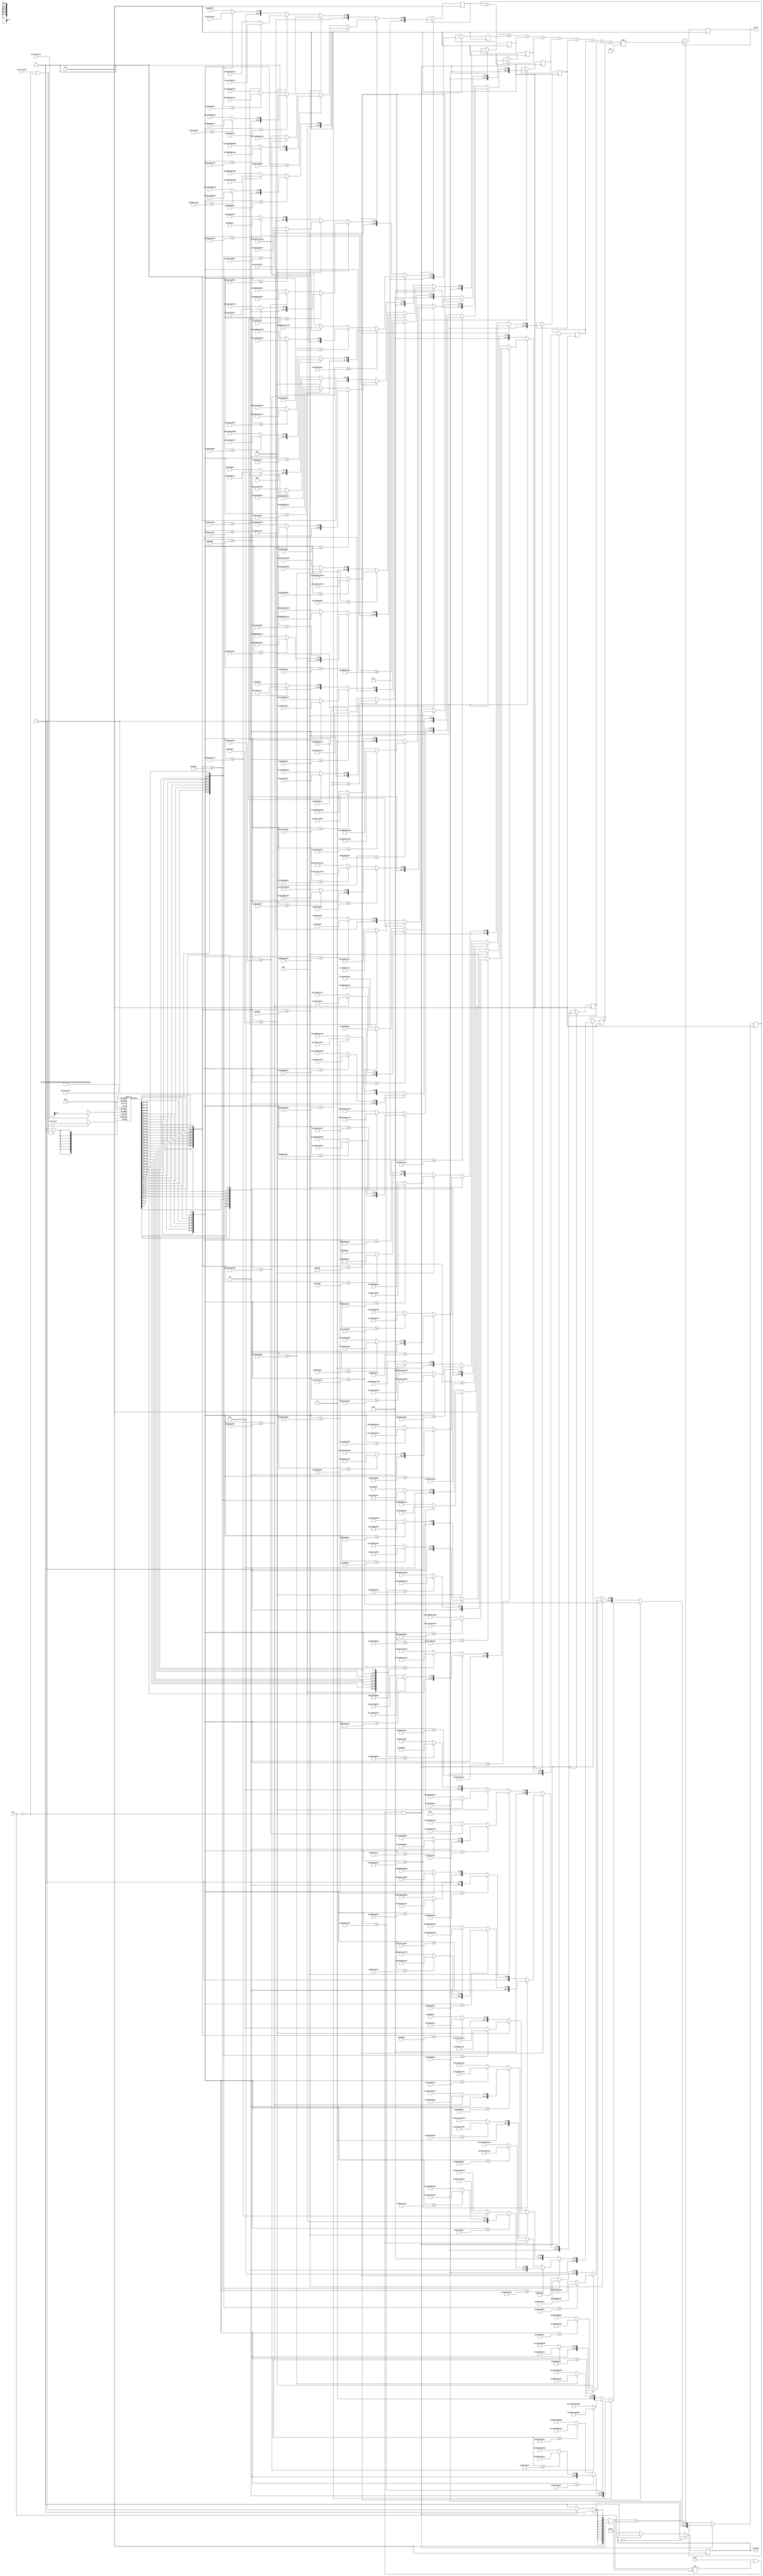
module predictor(result, finished, write_enable, write_address, write_data, start, clk, rst);

output reg[63:0]result; 
 output reg finished; 
 input write_enable;             
 input [13:0]write_address; 
 input [7:0]write_data; 
 input start;             
 input clk; 
 input rst; 
 parameter NUM_DATA = 40;             
 reg [7:0] Data [NUM_DATA:0]; 
 reg [9:0] Solved; 
 reg [63:0]y[9:0];             
 reg [63:0]Solution_buffer;
initial finished = 0;
always@(posedge clk) 
 begin 
 if(rst) 
 begin 
 Solved <= 0;            
 Solution_buffer = 0; 
 finished <= 0; 
 end 
 //Before running anything, load data from data collection. 
 if(write_enable && !rst)            
 Data[write_address] <= write_data;            
 Solved <= 0;           
 //When the data finishes loading, run the trees            
 //When each tree finishes, it flips a bit of solved.
if(start == 1 && Solved != 10'b1111111111 && !rst)
begin
  if({Data[7],Data[6],Data[5],Data[4],Data[3],Data[2],Data[1],Data[0]} <= 64'd150000)
  begin
    if({Data[23],Data[22],Data[21],Data[20],Data[19],Data[18],Data[17],Data[16]} <= 64'd3274950000000)
    begin
      if({Data[23],Data[22],Data[21],Data[20],Data[19],Data[18],Data[17],Data[16]} <= 64'd637350000000)
      begin
        if({Data[23],Data[22],Data[21],Data[20],Data[19],Data[18],Data[17],Data[16]} <= 64'd186525000000)
        begin
          y[0] <= 64'd42339621945525;
          Solved[0] <= 1;
        end
        else  // if {Data[23],Data[22],Data[21],Data[20],Data[19],Data[18],Data[17],Data[16]} > 186525000000
        begin
          y[0] <= 64'd330484812209302;
          Solved[0] <= 1;
        end
      end
      else  // if {Data[23],Data[22],Data[21],Data[20],Data[19],Data[18],Data[17],Data[16]} > 637350000000
      begin
        if({Data[23],Data[22],Data[21],Data[20],Data[19],Data[18],Data[17],Data[16]} <= 64'd1280700000000)
        begin
          y[0] <= 64'd877712201639344;
          Solved[0] <= 1;
        end
        else  // if {Data[23],Data[22],Data[21],Data[20],Data[19],Data[18],Data[17],Data[16]} > 1280700000000
        begin
          y[0] <= 64'd1663825600000000;
          Solved[0] <= 1;
        end
      end
    end
    else  // if {Data[23],Data[22],Data[21],Data[20],Data[19],Data[18],Data[17],Data[16]} > 3274950000000
    begin
      if({Data[23],Data[22],Data[21],Data[20],Data[19],Data[18],Data[17],Data[16]} <= 64'd6849650000000)
      begin
        if({Data[23],Data[22],Data[21],Data[20],Data[19],Data[18],Data[17],Data[16]} <= 64'd4805000000000)
        begin
          y[0] <= 64'd4225666666666666;
          Solved[0] <= 1;
        end
        else  // if {Data[23],Data[22],Data[21],Data[20],Data[19],Data[18],Data[17],Data[16]} > 4805000000000
        begin
          y[0] <= 64'd5528922222222222;
          Solved[0] <= 1;
        end
      end
      else  // if {Data[23],Data[22],Data[21],Data[20],Data[19],Data[18],Data[17],Data[16]} > 6849650000000
      begin
        if({Data[39],Data[38],Data[37],Data[36],Data[35],Data[34],Data[33],Data[32]} <= 64'd1522450000000)
        begin
          y[0] <= 64'd8018050000000000;
          Solved[0] <= 1;
        end
        else  // if {Data[39],Data[38],Data[37],Data[36],Data[35],Data[34],Data[33],Data[32]} > 1522450000000
        begin
          y[0] <= 64'd9467800000000000;
          Solved[0] <= 1;
        end
      end
    end
  end
  else  // if {Data[7],Data[6],Data[5],Data[4],Data[3],Data[2],Data[1],Data[0]} > 150000
  begin
    if({Data[7],Data[6],Data[5],Data[4],Data[3],Data[2],Data[1],Data[0]} <= 64'd350000)
    begin
      if({Data[23],Data[22],Data[21],Data[20],Data[19],Data[18],Data[17],Data[16]} <= 64'd90350000000)
      begin
        if({Data[23],Data[22],Data[21],Data[20],Data[19],Data[18],Data[17],Data[16]} <= 64'd30089147949)
        begin
          y[0] <= 64'd2442282126787;
          Solved[0] <= 1;
        end
        else  // if {Data[23],Data[22],Data[21],Data[20],Data[19],Data[18],Data[17],Data[16]} > 30089147949
        begin
          y[0] <= 64'd26305831309464;
          Solved[0] <= 1;
        end
      end
      else  // if {Data[23],Data[22],Data[21],Data[20],Data[19],Data[18],Data[17],Data[16]} > 90350000000
      begin
        if({Data[23],Data[22],Data[21],Data[20],Data[19],Data[18],Data[17],Data[16]} <= 64'd205410009765)
        begin
          y[0] <= 64'd51988771666500;
          Solved[0] <= 1;
        end
        else  // if {Data[23],Data[22],Data[21],Data[20],Data[19],Data[18],Data[17],Data[16]} > 205410009765
        begin
          y[0] <= 64'd87860980392352;
          Solved[0] <= 1;
        end
      end
    end
    else  // if {Data[7],Data[6],Data[5],Data[4],Data[3],Data[2],Data[1],Data[0]} > 350000
    begin
      if({Data[7],Data[6],Data[5],Data[4],Data[3],Data[2],Data[1],Data[0]} <= 64'd5550000)
      begin
        if({Data[39],Data[38],Data[37],Data[36],Data[35],Data[34],Data[33],Data[32]} <= 64'd70044750976)
        begin
          y[0] <= 64'd1978621226216;
          Solved[0] <= 1;
        end
        else  // if {Data[39],Data[38],Data[37],Data[36],Data[35],Data[34],Data[33],Data[32]} > 70044750976
        begin
          y[0] <= 64'd77736764706250;
          Solved[0] <= 1;
        end
      end
      else  // if {Data[7],Data[6],Data[5],Data[4],Data[3],Data[2],Data[1],Data[0]} > 5550000
      begin
        if({Data[7],Data[6],Data[5],Data[4],Data[3],Data[2],Data[1],Data[0]} <= 64'd10549999)
        begin
          y[0] <= 64'd231899718369;
          Solved[0] <= 1;
        end
        else  // if {Data[7],Data[6],Data[5],Data[4],Data[3],Data[2],Data[1],Data[0]} > 10549999
        begin
          y[0] <= 64'd3036686328;
          Solved[0] <= 1;
        end
      end
    end
  end
end

if(start == 1 && Solved != 10'b1111111111 && !rst)
begin
  if({Data[7],Data[6],Data[5],Data[4],Data[3],Data[2],Data[1],Data[0]} <= 64'd150000)
  begin
    if({Data[23],Data[22],Data[21],Data[20],Data[19],Data[18],Data[17],Data[16]} <= 64'd3274950000000)
    begin
      if({Data[23],Data[22],Data[21],Data[20],Data[19],Data[18],Data[17],Data[16]} <= 64'd617960009765)
      begin
        if({Data[23],Data[22],Data[21],Data[20],Data[19],Data[18],Data[17],Data[16]} <= 64'd163241943359)
        begin
          y[1] <= 64'd39952285485164;
          Solved[1] <= 1;
        end
        else  // if {Data[23],Data[22],Data[21],Data[20],Data[19],Data[18],Data[17],Data[16]} > 163241943359
        begin
          y[1] <= 64'd287172751541850;
          Solved[1] <= 1;
        end
      end
      else  // if {Data[23],Data[22],Data[21],Data[20],Data[19],Data[18],Data[17],Data[16]} > 617960009765
      begin
        if({Data[23],Data[22],Data[21],Data[20],Data[19],Data[18],Data[17],Data[16]} <= 64'd1240400000000)
        begin
          y[1] <= 64'd875574189230769;
          Solved[1] <= 1;
        end
        else  // if {Data[23],Data[22],Data[21],Data[20],Data[19],Data[18],Data[17],Data[16]} > 1240400000000
        begin
          y[1] <= 64'd1612532634782608;
          Solved[1] <= 1;
        end
      end
    end
    else  // if {Data[23],Data[22],Data[21],Data[20],Data[19],Data[18],Data[17],Data[16]} > 3274950000000
    begin
      if({Data[23],Data[22],Data[21],Data[20],Data[19],Data[18],Data[17],Data[16]} <= 64'd5886750000000)
      begin
        if({Data[15],Data[14],Data[13],Data[12],Data[11],Data[10],Data[9],Data[8]} <= 64'd55959700000000)
        begin
          y[1] <= 64'd4271300000000000;
          Solved[1] <= 1;
        end
        else  // if {Data[15],Data[14],Data[13],Data[12],Data[11],Data[10],Data[9],Data[8]} > 55959700000000
        begin
          y[1] <= 64'd5283833333333334;
          Solved[1] <= 1;
        end
      end
      else  // if {Data[23],Data[22],Data[21],Data[20],Data[19],Data[18],Data[17],Data[16]} > 5886750000000
      begin
        if({Data[23],Data[22],Data[21],Data[20],Data[19],Data[18],Data[17],Data[16]} <= 64'd7766700000000)
        begin
          y[1] <= 64'd6779485714285715;
          Solved[1] <= 1;
        end
        else  // if {Data[23],Data[22],Data[21],Data[20],Data[19],Data[18],Data[17],Data[16]} > 7766700000000
        begin
          y[1] <= 64'd8206485714285715;
          Solved[1] <= 1;
        end
      end
    end
  end
  else  // if {Data[7],Data[6],Data[5],Data[4],Data[3],Data[2],Data[1],Data[0]} > 150000
  begin
    if({Data[7],Data[6],Data[5],Data[4],Data[3],Data[2],Data[1],Data[0]} <= 64'd350000)
    begin
      if({Data[23],Data[22],Data[21],Data[20],Data[19],Data[18],Data[17],Data[16]} <= 64'd77804998779)
      begin
        if({Data[23],Data[22],Data[21],Data[20],Data[19],Data[18],Data[17],Data[16]} <= 64'd25010250854)
        begin
          y[1] <= 64'd2074343425045;
          Solved[1] <= 1;
        end
        else  // if {Data[23],Data[22],Data[21],Data[20],Data[19],Data[18],Data[17],Data[16]} > 25010250854
        begin
          y[1] <= 64'd20157108480000;
          Solved[1] <= 1;
        end
      end
      else  // if {Data[23],Data[22],Data[21],Data[20],Data[19],Data[18],Data[17],Data[16]} > 77804998779
      begin
        if({Data[23],Data[22],Data[21],Data[20],Data[19],Data[18],Data[17],Data[16]} <= 64'd124255004882)
        begin
          y[1] <= 64'd40259433548709;
          Solved[1] <= 1;
        end
        else  // if {Data[23],Data[22],Data[21],Data[20],Data[19],Data[18],Data[17],Data[16]} > 124255004882
        begin
          y[1] <= 64'd77398260869130;
          Solved[1] <= 1;
        end
      end
    end
    else  // if {Data[7],Data[6],Data[5],Data[4],Data[3],Data[2],Data[1],Data[0]} > 350000
    begin
      if({Data[7],Data[6],Data[5],Data[4],Data[3],Data[2],Data[1],Data[0]} <= 64'd5550000)
      begin
        if({Data[39],Data[38],Data[37],Data[36],Data[35],Data[34],Data[33],Data[32]} <= 64'd132394750976)
        begin
          y[1] <= 64'd1743197348905;
          Solved[1] <= 1;
        end
        else  // if {Data[39],Data[38],Data[37],Data[36],Data[35],Data[34],Data[33],Data[32]} > 132394750976
        begin
          y[1] <= 64'd75862679740000;
          Solved[1] <= 1;
        end
      end
      else  // if {Data[7],Data[6],Data[5],Data[4],Data[3],Data[2],Data[1],Data[0]} > 5550000
      begin
        if({Data[7],Data[6],Data[5],Data[4],Data[3],Data[2],Data[1],Data[0]} <= 64'd10549999)
        begin
          y[1] <= 64'd242111098961;
          Solved[1] <= 1;
        end
        else  // if {Data[7],Data[6],Data[5],Data[4],Data[3],Data[2],Data[1],Data[0]} > 10549999
        begin
          y[1] <= 64'd3058164546;
          Solved[1] <= 1;
        end
      end
    end
  end
end

if(start == 1 && Solved != 10'b1111111111 && !rst)
begin
  if({Data[7],Data[6],Data[5],Data[4],Data[3],Data[2],Data[1],Data[0]} <= 64'd150000)
  begin
    if({Data[23],Data[22],Data[21],Data[20],Data[19],Data[18],Data[17],Data[16]} <= 64'd2974400000000)
    begin
      if({Data[23],Data[22],Data[21],Data[20],Data[19],Data[18],Data[17],Data[16]} <= 64'd566838574218)
      begin
        if({Data[23],Data[22],Data[21],Data[20],Data[19],Data[18],Data[17],Data[16]} <= 64'd176954443359)
        begin
          y[2] <= 64'd43213694609375;
          Solved[2] <= 1;
        end
        else  // if {Data[23],Data[22],Data[21],Data[20],Data[19],Data[18],Data[17],Data[16]} > 176954443359
        begin
          y[2] <= 64'd310429178260869;
          Solved[2] <= 1;
        end
      end
      else  // if {Data[23],Data[22],Data[21],Data[20],Data[19],Data[18],Data[17],Data[16]} > 566838574218
      begin
        if({Data[23],Data[22],Data[21],Data[20],Data[19],Data[18],Data[17],Data[16]} <= 64'd1126100000000)
        begin
          y[2] <= 64'd806776929850746;
          Solved[2] <= 1;
        end
        else  // if {Data[23],Data[22],Data[21],Data[20],Data[19],Data[18],Data[17],Data[16]} > 1126100000000
        begin
          y[2] <= 64'd1421241873913043;
          Solved[2] <= 1;
        end
      end
    end
    else  // if {Data[23],Data[22],Data[21],Data[20],Data[19],Data[18],Data[17],Data[16]} > 2974400000000
    begin
      if({Data[23],Data[22],Data[21],Data[20],Data[19],Data[18],Data[17],Data[16]} <= 64'd6668700000000)
      begin
        if({Data[15],Data[14],Data[13],Data[12],Data[11],Data[10],Data[9],Data[8]} <= 64'd55959700000000)
        begin
          y[2] <= 64'd4444250000000000;
          Solved[2] <= 1;
        end
        else  // if {Data[15],Data[14],Data[13],Data[12],Data[11],Data[10],Data[9],Data[8]} > 55959700000000
        begin
          y[2] <= 64'd5851440000000000;
          Solved[2] <= 1;
        end
      end
      else  // if {Data[23],Data[22],Data[21],Data[20],Data[19],Data[18],Data[17],Data[16]} > 6668700000000
      begin
        if({Data[39],Data[38],Data[37],Data[36],Data[35],Data[34],Data[33],Data[32]} <= 64'd1522450000000)
        begin
          y[2] <= 64'd7806355555555555;
          Solved[2] <= 1;
        end
        else  // if {Data[39],Data[38],Data[37],Data[36],Data[35],Data[34],Data[33],Data[32]} > 1522450000000
        begin
          y[2] <= 64'd9467800000000000;
          Solved[2] <= 1;
        end
      end
    end
  end
  else  // if {Data[7],Data[6],Data[5],Data[4],Data[3],Data[2],Data[1],Data[0]} > 150000
  begin
    if({Data[7],Data[6],Data[5],Data[4],Data[3],Data[2],Data[1],Data[0]} <= 64'd350000)
    begin
      if({Data[23],Data[22],Data[21],Data[20],Data[19],Data[18],Data[17],Data[16]} <= 64'd76545001220)
      begin
        if({Data[23],Data[22],Data[21],Data[20],Data[19],Data[18],Data[17],Data[16]} <= 64'd26079251098)
        begin
          y[2] <= 64'd2026267354020;
          Solved[2] <= 1;
        end
        else  // if {Data[23],Data[22],Data[21],Data[20],Data[19],Data[18],Data[17],Data[16]} > 26079251098
        begin
          y[2] <= 64'd21143184666400;
          Solved[2] <= 1;
        end
      end
      else  // if {Data[23],Data[22],Data[21],Data[20],Data[19],Data[18],Data[17],Data[16]} > 76545001220
      begin
        if({Data[23],Data[22],Data[21],Data[20],Data[19],Data[18],Data[17],Data[16]} <= 64'd140000000000)
        begin
          y[2] <= 64'd40917755000833;
          Solved[2] <= 1;
        end
        else  // if {Data[23],Data[22],Data[21],Data[20],Data[19],Data[18],Data[17],Data[16]} > 140000000000
        begin
          y[2] <= 64'd76990833332916;
          Solved[2] <= 1;
        end
      end
    end
    else  // if {Data[7],Data[6],Data[5],Data[4],Data[3],Data[2],Data[1],Data[0]} > 350000
    begin
      if({Data[7],Data[6],Data[5],Data[4],Data[3],Data[2],Data[1],Data[0]} <= 64'd5550000)
      begin
        if({Data[23],Data[22],Data[21],Data[20],Data[19],Data[18],Data[17],Data[16]} <= 64'd1692750000000)
        begin
          y[2] <= 64'd1567609450882;
          Solved[2] <= 1;
        end
        else  // if {Data[23],Data[22],Data[21],Data[20],Data[19],Data[18],Data[17],Data[16]} > 1692750000000
        begin
          y[2] <= 64'd70656722691428;
          Solved[2] <= 1;
        end
      end
      else  // if {Data[7],Data[6],Data[5],Data[4],Data[3],Data[2],Data[1],Data[0]} > 5550000
      begin
        if({Data[23],Data[22],Data[21],Data[20],Data[19],Data[18],Data[17],Data[16]} <= 64'd7734200000000)
        begin
          y[2] <= 64'd3655381324;
          Solved[2] <= 1;
        end
        else  // if {Data[23],Data[22],Data[21],Data[20],Data[19],Data[18],Data[17],Data[16]} > 7734200000000
        begin
          y[2] <= 64'd617111012061;
          Solved[2] <= 1;
        end
      end
    end
  end
end

if(start == 1 && Solved != 10'b1111111111 && !rst)
begin
  if({Data[7],Data[6],Data[5],Data[4],Data[3],Data[2],Data[1],Data[0]} <= 64'd150000)
  begin
    if({Data[23],Data[22],Data[21],Data[20],Data[19],Data[18],Data[17],Data[16]} <= 64'd2996550000000)
    begin
      if({Data[23],Data[22],Data[21],Data[20],Data[19],Data[18],Data[17],Data[16]} <= 64'd562638574218)
      begin
        if({Data[23],Data[22],Data[21],Data[20],Data[19],Data[18],Data[17],Data[16]} <= 64'd148678442382)
        begin
          y[3] <= 64'd38438440955364;
          Solved[3] <= 1;
        end
        else  // if {Data[23],Data[22],Data[21],Data[20],Data[19],Data[18],Data[17],Data[16]} > 148678442382
        begin
          y[3] <= 64'd258663639320388;
          Solved[3] <= 1;
        end
      end
      else  // if {Data[23],Data[22],Data[21],Data[20],Data[19],Data[18],Data[17],Data[16]} > 562638574218
      begin
        if({Data[23],Data[22],Data[21],Data[20],Data[19],Data[18],Data[17],Data[16]} <= 64'd1174700000000)
        begin
          y[3] <= 64'd806173191666666;
          Solved[3] <= 1;
        end
        else  // if {Data[23],Data[22],Data[21],Data[20],Data[19],Data[18],Data[17],Data[16]} > 1174700000000
        begin
          y[3] <= 64'd1541810337500000;
          Solved[3] <= 1;
        end
      end
    end
    else  // if {Data[23],Data[22],Data[21],Data[20],Data[19],Data[18],Data[17],Data[16]} > 2996550000000
    begin
      if({Data[23],Data[22],Data[21],Data[20],Data[19],Data[18],Data[17],Data[16]} <= 64'd6332000000000)
      begin
        if({Data[23],Data[22],Data[21],Data[20],Data[19],Data[18],Data[17],Data[16]} <= 64'd4658150000000)
        begin
          y[3] <= 64'd4177800000000000;
          Solved[3] <= 1;
        end
        else  // if {Data[23],Data[22],Data[21],Data[20],Data[19],Data[18],Data[17],Data[16]} > 4658150000000
        begin
          y[3] <= 64'd5178237500000000;
          Solved[3] <= 1;
        end
      end
      else  // if {Data[23],Data[22],Data[21],Data[20],Data[19],Data[18],Data[17],Data[16]} > 6332000000000
      begin
        if({Data[23],Data[22],Data[21],Data[20],Data[19],Data[18],Data[17],Data[16]} <= 64'd7766700000000)
        begin
          y[3] <= 64'd7117020000000000;
          Solved[3] <= 1;
        end
        else  // if {Data[23],Data[22],Data[21],Data[20],Data[19],Data[18],Data[17],Data[16]} > 7766700000000
        begin
          y[3] <= 64'd8179400000000000;
          Solved[3] <= 1;
        end
      end
    end
  end
  else  // if {Data[7],Data[6],Data[5],Data[4],Data[3],Data[2],Data[1],Data[0]} > 150000
  begin
    if({Data[7],Data[6],Data[5],Data[4],Data[3],Data[2],Data[1],Data[0]} <= 64'd350000)
    begin
      if({Data[23],Data[22],Data[21],Data[20],Data[19],Data[18],Data[17],Data[16]} <= 64'd83990002441)
      begin
        if({Data[23],Data[22],Data[21],Data[20],Data[19],Data[18],Data[17],Data[16]} <= 64'd25010250854)
        begin
          y[3] <= 64'd2015752589029;
          Solved[3] <= 1;
        end
        else  // if {Data[23],Data[22],Data[21],Data[20],Data[19],Data[18],Data[17],Data[16]} > 25010250854
        begin
          y[3] <= 64'd22953578961475;
          Solved[3] <= 1;
        end
      end
      else  // if {Data[23],Data[22],Data[21],Data[20],Data[19],Data[18],Data[17],Data[16]} > 83990002441
      begin
        if({Data[23],Data[22],Data[21],Data[20],Data[19],Data[18],Data[17],Data[16]} <= 64'd167000000000)
        begin
          y[3] <= 64'd44145103939545;
          Solved[3] <= 1;
        end
        else  // if {Data[23],Data[22],Data[21],Data[20],Data[19],Data[18],Data[17],Data[16]} > 167000000000
        begin
          y[3] <= 64'd73005454545000;
          Solved[3] <= 1;
        end
      end
    end
    else  // if {Data[7],Data[6],Data[5],Data[4],Data[3],Data[2],Data[1],Data[0]} > 350000
    begin
      if({Data[7],Data[6],Data[5],Data[4],Data[3],Data[2],Data[1],Data[0]} <= 64'd5550000)
      begin
        if({Data[39],Data[38],Data[37],Data[36],Data[35],Data[34],Data[33],Data[32]} <= 64'd70044750976)
        begin
          y[3] <= 64'd1500064822400;
          Solved[3] <= 1;
        end
        else  // if {Data[39],Data[38],Data[37],Data[36],Data[35],Data[34],Data[33],Data[32]} > 70044750976
        begin
          y[3] <= 64'd64741503268333;
          Solved[3] <= 1;
        end
      end
      else  // if {Data[7],Data[6],Data[5],Data[4],Data[3],Data[2],Data[1],Data[0]} > 5550000
      begin
        if({Data[7],Data[6],Data[5],Data[4],Data[3],Data[2],Data[1],Data[0]} <= 64'd10050000)
        begin
          y[3] <= 64'd221529939187;
          Solved[3] <= 1;
        end
        else  // if {Data[7],Data[6],Data[5],Data[4],Data[3],Data[2],Data[1],Data[0]} > 10050000
        begin
          y[3] <= 64'd2935734275;
          Solved[3] <= 1;
        end
      end
    end
  end
end

if(start == 1 && Solved != 10'b1111111111 && !rst)
begin
  if({Data[7],Data[6],Data[5],Data[4],Data[3],Data[2],Data[1],Data[0]} <= 64'd150000)
  begin
    if({Data[23],Data[22],Data[21],Data[20],Data[19],Data[18],Data[17],Data[16]} <= 64'd3274950000000)
    begin
      if({Data[23],Data[22],Data[21],Data[20],Data[19],Data[18],Data[17],Data[16]} <= 64'd573270019531)
      begin
        if({Data[23],Data[22],Data[21],Data[20],Data[19],Data[18],Data[17],Data[16]} <= 64'd174523706054)
        begin
          y[4] <= 64'd44722248139880;
          Solved[4] <= 1;
        end
        else  // if {Data[23],Data[22],Data[21],Data[20],Data[19],Data[18],Data[17],Data[16]} > 174523706054
        begin
          y[4] <= 64'd304429427906976;
          Solved[4] <= 1;
        end
      end
      else  // if {Data[23],Data[22],Data[21],Data[20],Data[19],Data[18],Data[17],Data[16]} > 573270019531
      begin
        if({Data[23],Data[22],Data[21],Data[20],Data[19],Data[18],Data[17],Data[16]} <= 64'd1229331542968)
        begin
          y[4] <= 64'd842707465882352;
          Solved[4] <= 1;
        end
        else  // if {Data[23],Data[22],Data[21],Data[20],Data[19],Data[18],Data[17],Data[16]} > 1229331542968
        begin
          y[4] <= 64'd1628862857142857;
          Solved[4] <= 1;
        end
      end
    end
    else  // if {Data[23],Data[22],Data[21],Data[20],Data[19],Data[18],Data[17],Data[16]} > 3274950000000
    begin
      if({Data[23],Data[22],Data[21],Data[20],Data[19],Data[18],Data[17],Data[16]} <= 64'd6055950000000)
      begin
        if({Data[23],Data[22],Data[21],Data[20],Data[19],Data[18],Data[17],Data[16]} <= 64'd4701950000000)
        begin
          y[4] <= 64'd4224178571428571;
          Solved[4] <= 1;
        end
        else  // if {Data[23],Data[22],Data[21],Data[20],Data[19],Data[18],Data[17],Data[16]} > 4701950000000
        begin
          y[4] <= 64'd5357383333333334;
          Solved[4] <= 1;
        end
      end
      else  // if {Data[23],Data[22],Data[21],Data[20],Data[19],Data[18],Data[17],Data[16]} > 6055950000000
      begin
        if({Data[23],Data[22],Data[21],Data[20],Data[19],Data[18],Data[17],Data[16]} <= 64'd7771500000000)
        begin
          y[4] <= 64'd6934560000000000;
          Solved[4] <= 1;
        end
        else  // if {Data[23],Data[22],Data[21],Data[20],Data[19],Data[18],Data[17],Data[16]} > 7771500000000
        begin
          y[4] <= 64'd8828400000000000;
          Solved[4] <= 1;
        end
      end
    end
  end
  else  // if {Data[7],Data[6],Data[5],Data[4],Data[3],Data[2],Data[1],Data[0]} > 150000
  begin
    if({Data[7],Data[6],Data[5],Data[4],Data[3],Data[2],Data[1],Data[0]} <= 64'd350000)
    begin
      if({Data[23],Data[22],Data[21],Data[20],Data[19],Data[18],Data[17],Data[16]} <= 64'd76004998779)
      begin
        if({Data[23],Data[22],Data[21],Data[20],Data[19],Data[18],Data[17],Data[16]} <= 64'd26079251098)
        begin
          y[4] <= 64'd1738555122247;
          Solved[4] <= 1;
        end
        else  // if {Data[23],Data[22],Data[21],Data[20],Data[19],Data[18],Data[17],Data[16]} > 26079251098
        begin
          y[4] <= 64'd22269336257368;
          Solved[4] <= 1;
        end
      end
      else  // if {Data[23],Data[22],Data[21],Data[20],Data[19],Data[18],Data[17],Data[16]} > 76004998779
      begin
        if({Data[23],Data[22],Data[21],Data[20],Data[19],Data[18],Data[17],Data[16]} <= 64'd188325000000)
        begin
          y[4] <= 64'd45355961587619;
          Solved[4] <= 1;
        end
        else  // if {Data[23],Data[22],Data[21],Data[20],Data[19],Data[18],Data[17],Data[16]} > 188325000000
        begin
          y[4] <= 64'd80412222221333;
          Solved[4] <= 1;
        end
      end
    end
    else  // if {Data[7],Data[6],Data[5],Data[4],Data[3],Data[2],Data[1],Data[0]} > 350000
    begin
      if({Data[7],Data[6],Data[5],Data[4],Data[3],Data[2],Data[1],Data[0]} <= 64'd5550000)
      begin
        if({Data[39],Data[38],Data[37],Data[36],Data[35],Data[34],Data[33],Data[32]} <= 64'd70044750976)
        begin
          y[4] <= 64'd1469506974855;
          Solved[4] <= 1;
        end
        else  // if {Data[39],Data[38],Data[37],Data[36],Data[35],Data[34],Data[33],Data[32]} > 70044750976
        begin
          y[4] <= 64'd70238692812000;
          Solved[4] <= 1;
        end
      end
      else  // if {Data[7],Data[6],Data[5],Data[4],Data[3],Data[2],Data[1],Data[0]} > 5550000
      begin
        if({Data[7],Data[6],Data[5],Data[4],Data[3],Data[2],Data[1],Data[0]} <= 64'd10050000)
        begin
          y[4] <= 64'd305593023719;
          Solved[4] <= 1;
        end
        else  // if {Data[7],Data[6],Data[5],Data[4],Data[3],Data[2],Data[1],Data[0]} > 10050000
        begin
          y[4] <= 64'd2913746497;
          Solved[4] <= 1;
        end
      end
    end
  end
end

if(start == 1 && Solved != 10'b1111111111 && !rst)
begin
  if({Data[7],Data[6],Data[5],Data[4],Data[3],Data[2],Data[1],Data[0]} <= 64'd150000)
  begin
    if({Data[23],Data[22],Data[21],Data[20],Data[19],Data[18],Data[17],Data[16]} <= 64'd3583600000000)
    begin
      if({Data[23],Data[22],Data[21],Data[20],Data[19],Data[18],Data[17],Data[16]} <= 64'd623450000000)
      begin
        if({Data[23],Data[22],Data[21],Data[20],Data[19],Data[18],Data[17],Data[16]} <= 64'd164984802246)
        begin
          y[5] <= 64'd40664310180109;
          Solved[5] <= 1;
        end
        else  // if {Data[23],Data[22],Data[21],Data[20],Data[19],Data[18],Data[17],Data[16]} > 164984802246
        begin
          y[5] <= 64'd288702298924731;
          Solved[5] <= 1;
        end
      end
      else  // if {Data[23],Data[22],Data[21],Data[20],Data[19],Data[18],Data[17],Data[16]} > 623450000000
      begin
        if({Data[23],Data[22],Data[21],Data[20],Data[19],Data[18],Data[17],Data[16]} <= 64'd1213050000000)
        begin
          y[5] <= 64'd879745139655172;
          Solved[5] <= 1;
        end
        else  // if {Data[23],Data[22],Data[21],Data[20],Data[19],Data[18],Data[17],Data[16]} > 1213050000000
        begin
          y[5] <= 64'd1550237242553191;
          Solved[5] <= 1;
        end
      end
    end
    else  // if {Data[23],Data[22],Data[21],Data[20],Data[19],Data[18],Data[17],Data[16]} > 3583600000000
    begin
      if({Data[23],Data[22],Data[21],Data[20],Data[19],Data[18],Data[17],Data[16]} <= 64'd5886750000000)
      begin
        if({Data[23],Data[22],Data[21],Data[20],Data[19],Data[18],Data[17],Data[16]} <= 64'd5170750000000)
        begin
          y[5] <= 64'd4759000000000000;
          Solved[5] <= 1;
        end
        else  // if {Data[23],Data[22],Data[21],Data[20],Data[19],Data[18],Data[17],Data[16]} > 5170750000000
        begin
          y[5] <= 64'd5402875000000000;
          Solved[5] <= 1;
        end
      end
      else  // if {Data[23],Data[22],Data[21],Data[20],Data[19],Data[18],Data[17],Data[16]} > 5886750000000
      begin
        if({Data[23],Data[22],Data[21],Data[20],Data[19],Data[18],Data[17],Data[16]} <= 64'd7630850000000)
        begin
          y[5] <= 64'd6821600000000000;
          Solved[5] <= 1;
        end
        else  // if {Data[23],Data[22],Data[21],Data[20],Data[19],Data[18],Data[17],Data[16]} > 7630850000000
        begin
          y[5] <= 64'd8524000000000000;
          Solved[5] <= 1;
        end
      end
    end
  end
  else  // if {Data[7],Data[6],Data[5],Data[4],Data[3],Data[2],Data[1],Data[0]} > 150000
  begin
    if({Data[7],Data[6],Data[5],Data[4],Data[3],Data[2],Data[1],Data[0]} <= 64'd350000)
    begin
      if({Data[23],Data[22],Data[21],Data[20],Data[19],Data[18],Data[17],Data[16]} <= 64'd78795001220)
      begin
        if({Data[23],Data[22],Data[21],Data[20],Data[19],Data[18],Data[17],Data[16]} <= 64'd25010250854)
        begin
          y[5] <= 64'd1790527750492;
          Solved[5] <= 1;
        end
        else  // if {Data[23],Data[22],Data[21],Data[20],Data[19],Data[18],Data[17],Data[16]} > 25010250854
        begin
          y[5] <= 64'd20070808908275;
          Solved[5] <= 1;
        end
      end
      else  // if {Data[23],Data[22],Data[21],Data[20],Data[19],Data[18],Data[17],Data[16]} > 78795001220
      begin
        if({Data[23],Data[22],Data[21],Data[20],Data[19],Data[18],Data[17],Data[16]} <= 64'd135150000000)
        begin
          y[5] <= 64'd39414724616538;
          Solved[5] <= 1;
        end
        else  // if {Data[23],Data[22],Data[21],Data[20],Data[19],Data[18],Data[17],Data[16]} > 135150000000
        begin
          y[5] <= 64'd81489166666250;
          Solved[5] <= 1;
        end
      end
    end
    else  // if {Data[7],Data[6],Data[5],Data[4],Data[3],Data[2],Data[1],Data[0]} > 350000
    begin
      if({Data[7],Data[6],Data[5],Data[4],Data[3],Data[2],Data[1],Data[0]} <= 64'd5550000)
      begin
        if({Data[39],Data[38],Data[37],Data[36],Data[35],Data[34],Data[33],Data[32]} <= 64'd70044750976)
        begin
          y[5] <= 64'd1617556400035;
          Solved[5] <= 1;
        end
        else  // if {Data[39],Data[38],Data[37],Data[36],Data[35],Data[34],Data[33],Data[32]} > 70044750976
        begin
          y[5] <= 64'd78180035652727;
          Solved[5] <= 1;
        end
      end
      else  // if {Data[7],Data[6],Data[5],Data[4],Data[3],Data[2],Data[1],Data[0]} > 5550000
      begin
        if({Data[23],Data[22],Data[21],Data[20],Data[19],Data[18],Data[17],Data[16]} <= 64'd10838550000000)
        begin
          y[5] <= 64'd3612637541;
          Solved[5] <= 1;
        end
        else  // if {Data[23],Data[22],Data[21],Data[20],Data[19],Data[18],Data[17],Data[16]} > 10838550000000
        begin
          y[5] <= 64'd727166533790;
          Solved[5] <= 1;
        end
      end
    end
  end
end

if(start == 1 && Solved != 10'b1111111111 && !rst)
begin
  if({Data[7],Data[6],Data[5],Data[4],Data[3],Data[2],Data[1],Data[0]} <= 64'd150000)
  begin
    if({Data[23],Data[22],Data[21],Data[20],Data[19],Data[18],Data[17],Data[16]} <= 64'd2579600000000)
    begin
      if({Data[23],Data[22],Data[21],Data[20],Data[19],Data[18],Data[17],Data[16]} <= 64'd621750000000)
      begin
        if({Data[23],Data[22],Data[21],Data[20],Data[19],Data[18],Data[17],Data[16]} <= 64'd160259448242)
        begin
          y[6] <= 64'd39258217009916;
          Solved[6] <= 1;
        end
        else  // if {Data[23],Data[22],Data[21],Data[20],Data[19],Data[18],Data[17],Data[16]} > 160259448242
        begin
          y[6] <= 64'd282630289805825;
          Solved[6] <= 1;
        end
      end
      else  // if {Data[23],Data[22],Data[21],Data[20],Data[19],Data[18],Data[17],Data[16]} > 621750000000
      begin
        if({Data[23],Data[22],Data[21],Data[20],Data[19],Data[18],Data[17],Data[16]} <= 64'd1216550000000)
        begin
          y[6] <= 64'd873100316363636;
          Solved[6] <= 1;
        end
        else  // if {Data[23],Data[22],Data[21],Data[20],Data[19],Data[18],Data[17],Data[16]} > 1216550000000
        begin
          y[6] <= 64'd1552465476190476;
          Solved[6] <= 1;
        end
      end
    end
    else  // if {Data[23],Data[22],Data[21],Data[20],Data[19],Data[18],Data[17],Data[16]} > 2579600000000
    begin
      if({Data[23],Data[22],Data[21],Data[20],Data[19],Data[18],Data[17],Data[16]} <= 64'd5924350000000)
      begin
        if({Data[23],Data[22],Data[21],Data[20],Data[19],Data[18],Data[17],Data[16]} <= 64'd3579500000000)
        begin
          y[6] <= 64'd2858000000000000;
          Solved[6] <= 1;
        end
        else  // if {Data[23],Data[22],Data[21],Data[20],Data[19],Data[18],Data[17],Data[16]} > 3579500000000
        begin
          y[6] <= 64'd5051020000000000;
          Solved[6] <= 1;
        end
      end
      else  // if {Data[23],Data[22],Data[21],Data[20],Data[19],Data[18],Data[17],Data[16]} > 5924350000000
      begin
        if({Data[23],Data[22],Data[21],Data[20],Data[19],Data[18],Data[17],Data[16]} <= 64'd7675850000000)
        begin
          y[6] <= 64'd6806566666666667;
          Solved[6] <= 1;
        end
        else  // if {Data[23],Data[22],Data[21],Data[20],Data[19],Data[18],Data[17],Data[16]} > 7675850000000
        begin
          y[6] <= 64'd8269400000000000;
          Solved[6] <= 1;
        end
      end
    end
  end
  else  // if {Data[7],Data[6],Data[5],Data[4],Data[3],Data[2],Data[1],Data[0]} > 150000
  begin
    if({Data[7],Data[6],Data[5],Data[4],Data[3],Data[2],Data[1],Data[0]} <= 64'd350000)
    begin
      if({Data[23],Data[22],Data[21],Data[20],Data[19],Data[18],Data[17],Data[16]} <= 64'd69404998779)
      begin
        if({Data[23],Data[22],Data[21],Data[20],Data[19],Data[18],Data[17],Data[16]} <= 64'd24519000244)
        begin
          y[6] <= 64'd1953789617540;
          Solved[6] <= 1;
        end
        else  // if {Data[23],Data[22],Data[21],Data[20],Data[19],Data[18],Data[17],Data[16]} > 24519000244
        begin
          y[6] <= 64'd20358456028510;
          Solved[6] <= 1;
        end
      end
      else  // if {Data[23],Data[22],Data[21],Data[20],Data[19],Data[18],Data[17],Data[16]} > 69404998779
      begin
        if({Data[23],Data[22],Data[21],Data[20],Data[19],Data[18],Data[17],Data[16]} <= 64'd123550000000)
        begin
          y[6] <= 64'd40266962424848;
          Solved[6] <= 1;
        end
        else  // if {Data[23],Data[22],Data[21],Data[20],Data[19],Data[18],Data[17],Data[16]} > 123550000000
        begin
          y[6] <= 64'd71637460317142;
          Solved[6] <= 1;
        end
      end
    end
    else  // if {Data[7],Data[6],Data[5],Data[4],Data[3],Data[2],Data[1],Data[0]} > 350000
    begin
      if({Data[7],Data[6],Data[5],Data[4],Data[3],Data[2],Data[1],Data[0]} <= 64'd5550000)
      begin
        if({Data[23],Data[22],Data[21],Data[20],Data[19],Data[18],Data[17],Data[16]} <= 64'd1492982910156)
        begin
          y[6] <= 64'd1552509521215;
          Solved[6] <= 1;
        end
        else  // if {Data[23],Data[22],Data[21],Data[20],Data[19],Data[18],Data[17],Data[16]} > 1492982910156
        begin
          y[6] <= 64'd78718253970000;
          Solved[6] <= 1;
        end
      end
      else  // if {Data[7],Data[6],Data[5],Data[4],Data[3],Data[2],Data[1],Data[0]} > 5550000
      begin
        if({Data[7],Data[6],Data[5],Data[4],Data[3],Data[2],Data[1],Data[0]} <= 64'd25049999)
        begin
          y[6] <= 64'd117667793503;
          Solved[6] <= 1;
        end
        else  // if {Data[7],Data[6],Data[5],Data[4],Data[3],Data[2],Data[1],Data[0]} > 25049999
        begin
          y[6] <= 64'd2384907874;
          Solved[6] <= 1;
        end
      end
    end
  end
end

if(start == 1 && Solved != 10'b1111111111 && !rst)
begin
  if({Data[7],Data[6],Data[5],Data[4],Data[3],Data[2],Data[1],Data[0]} <= 64'd150000)
  begin
    if({Data[23],Data[22],Data[21],Data[20],Data[19],Data[18],Data[17],Data[16]} <= 64'd2557450000000)
    begin
      if({Data[23],Data[22],Data[21],Data[20],Data[19],Data[18],Data[17],Data[16]} <= 64'd587079980468)
      begin
        if({Data[23],Data[22],Data[21],Data[20],Data[19],Data[18],Data[17],Data[16]} <= 64'd150739208984)
        begin
          y[7] <= 64'd38608640778210;
          Solved[7] <= 1;
        end
        else  // if {Data[23],Data[22],Data[21],Data[20],Data[19],Data[18],Data[17],Data[16]} > 150739208984
        begin
          y[7] <= 64'd262679972123893;
          Solved[7] <= 1;
        end
      end
      else  // if {Data[23],Data[22],Data[21],Data[20],Data[19],Data[18],Data[17],Data[16]} > 587079980468
      begin
        if({Data[23],Data[22],Data[21],Data[20],Data[19],Data[18],Data[17],Data[16]} <= 64'd1138100000000)
        begin
          y[7] <= 64'd834094237878787;
          Solved[7] <= 1;
        end
        else  // if {Data[23],Data[22],Data[21],Data[20],Data[19],Data[18],Data[17],Data[16]} > 1138100000000
        begin
          y[7] <= 64'd1480524476595744;
          Solved[7] <= 1;
        end
      end
    end
    else  // if {Data[23],Data[22],Data[21],Data[20],Data[19],Data[18],Data[17],Data[16]} > 2557450000000
    begin
      if({Data[23],Data[22],Data[21],Data[20],Data[19],Data[18],Data[17],Data[16]} <= 64'd5597400000000)
      begin
        if({Data[23],Data[22],Data[21],Data[20],Data[19],Data[18],Data[17],Data[16]} <= 64'd4431750000000)
        begin
          y[7] <= 64'd3788333333333333;
          Solved[7] <= 1;
        end
        else  // if {Data[23],Data[22],Data[21],Data[20],Data[19],Data[18],Data[17],Data[16]} > 4431750000000
        begin
          y[7] <= 64'd5065300000000000;
          Solved[7] <= 1;
        end
      end
      else  // if {Data[23],Data[22],Data[21],Data[20],Data[19],Data[18],Data[17],Data[16]} > 5597400000000
      begin
        if({Data[31],Data[30],Data[29],Data[28],Data[27],Data[26],Data[25],Data[24]} <= 64'd16318000000000)
        begin
          y[7] <= 64'd7378275000000000;
          Solved[7] <= 1;
        end
        else  // if {Data[31],Data[30],Data[29],Data[28],Data[27],Data[26],Data[25],Data[24]} > 16318000000000
        begin
          y[7] <= 64'd6271650000000000;
          Solved[7] <= 1;
        end
      end
    end
  end
  else  // if {Data[7],Data[6],Data[5],Data[4],Data[3],Data[2],Data[1],Data[0]} > 150000
  begin
    if({Data[7],Data[6],Data[5],Data[4],Data[3],Data[2],Data[1],Data[0]} <= 64'd350000)
    begin
      if({Data[23],Data[22],Data[21],Data[20],Data[19],Data[18],Data[17],Data[16]} <= 64'd135150000000)
      begin
        if({Data[23],Data[22],Data[21],Data[20],Data[19],Data[18],Data[17],Data[16]} <= 64'd31380297851)
        begin
          y[7] <= 64'd2628063629422;
          Solved[7] <= 1;
        end
        else  // if {Data[23],Data[22],Data[21],Data[20],Data[19],Data[18],Data[17],Data[16]} > 31380297851
        begin
          y[7] <= 64'd28328457345084;
          Solved[7] <= 1;
        end
      end
      else  // if {Data[23],Data[22],Data[21],Data[20],Data[19],Data[18],Data[17],Data[16]} > 135150000000
      begin
        if({Data[23],Data[22],Data[21],Data[20],Data[19],Data[18],Data[17],Data[16]} <= 64'd276570019531)
        begin
          y[7] <= 64'd72057166666000;
          Solved[7] <= 1;
        end
        else  // if {Data[23],Data[22],Data[21],Data[20],Data[19],Data[18],Data[17],Data[16]} > 276570019531
        begin
          y[7] <= 64'd107734285714285;
          Solved[7] <= 1;
        end
      end
    end
    else  // if {Data[7],Data[6],Data[5],Data[4],Data[3],Data[2],Data[1],Data[0]} > 350000
    begin
      if({Data[7],Data[6],Data[5],Data[4],Data[3],Data[2],Data[1],Data[0]} <= 64'd5550000)
      begin
        if({Data[23],Data[22],Data[21],Data[20],Data[19],Data[18],Data[17],Data[16]} <= 64'd1527450000000)
        begin
          y[7] <= 64'd1724251136164;
          Solved[7] <= 1;
        end
        else  // if {Data[23],Data[22],Data[21],Data[20],Data[19],Data[18],Data[17],Data[16]} > 1527450000000
        begin
          y[7] <= 64'd80245179740000;
          Solved[7] <= 1;
        end
      end
      else  // if {Data[7],Data[6],Data[5],Data[4],Data[3],Data[2],Data[1],Data[0]} > 5550000
      begin
        if({Data[7],Data[6],Data[5],Data[4],Data[3],Data[2],Data[1],Data[0]} <= 64'd10549999)
        begin
          y[7] <= 64'd211404947503;
          Solved[7] <= 1;
        end
        else  // if {Data[7],Data[6],Data[5],Data[4],Data[3],Data[2],Data[1],Data[0]} > 10549999
        begin
          y[7] <= 64'd2856392872;
          Solved[7] <= 1;
        end
      end
    end
  end
end

if(start == 1 && Solved != 10'b1111111111 && !rst)
begin
  if({Data[7],Data[6],Data[5],Data[4],Data[3],Data[2],Data[1],Data[0]} <= 64'd150000)
  begin
    if({Data[23],Data[22],Data[21],Data[20],Data[19],Data[18],Data[17],Data[16]} <= 64'd3579500000000)
    begin
      if({Data[23],Data[22],Data[21],Data[20],Data[19],Data[18],Data[17],Data[16]} <= 64'd609950000000)
      begin
        if({Data[23],Data[22],Data[21],Data[20],Data[19],Data[18],Data[17],Data[16]} <= 64'd167447448730)
        begin
          y[8] <= 64'd41737063725490;
          Solved[8] <= 1;
        end
        else  // if {Data[23],Data[22],Data[21],Data[20],Data[19],Data[18],Data[17],Data[16]} > 167447448730
        begin
          y[8] <= 64'd293073438144329;
          Solved[8] <= 1;
        end
      end
      else  // if {Data[23],Data[22],Data[21],Data[20],Data[19],Data[18],Data[17],Data[16]} > 609950000000
      begin
        if({Data[23],Data[22],Data[21],Data[20],Data[19],Data[18],Data[17],Data[16]} <= 64'd1269150000000)
        begin
          y[8] <= 64'd890137006250000;
          Solved[8] <= 1;
        end
        else  // if {Data[23],Data[22],Data[21],Data[20],Data[19],Data[18],Data[17],Data[16]} > 1269150000000
        begin
          y[8] <= 64'd1648574358974359;
          Solved[8] <= 1;
        end
      end
    end
    else  // if {Data[23],Data[22],Data[21],Data[20],Data[19],Data[18],Data[17],Data[16]} > 3579500000000
    begin
      if({Data[23],Data[22],Data[21],Data[20],Data[19],Data[18],Data[17],Data[16]} <= 64'd6103300000000)
      begin
        if({Data[23],Data[22],Data[21],Data[20],Data[19],Data[18],Data[17],Data[16]} <= 64'd4960800000000)
        begin
          y[8] <= 64'd4533671428571428;
          Solved[8] <= 1;
        end
        else  // if {Data[23],Data[22],Data[21],Data[20],Data[19],Data[18],Data[17],Data[16]} > 4960800000000
        begin
          y[8] <= 64'd5496500000000000;
          Solved[8] <= 1;
        end
      end
      else  // if {Data[23],Data[22],Data[21],Data[20],Data[19],Data[18],Data[17],Data[16]} > 6103300000000
      begin
        if({Data[23],Data[22],Data[21],Data[20],Data[19],Data[18],Data[17],Data[16]} <= 64'd7630850000000)
        begin
          y[8] <= 64'd6916860000000000;
          Solved[8] <= 1;
        end
        else  // if {Data[23],Data[22],Data[21],Data[20],Data[19],Data[18],Data[17],Data[16]} > 7630850000000
        begin
          y[8] <= 64'd8457000000000000;
          Solved[8] <= 1;
        end
      end
    end
  end
  else  // if {Data[7],Data[6],Data[5],Data[4],Data[3],Data[2],Data[1],Data[0]} > 150000
  begin
    if({Data[7],Data[6],Data[5],Data[4],Data[3],Data[2],Data[1],Data[0]} <= 64'd350000)
    begin
      if({Data[23],Data[22],Data[21],Data[20],Data[19],Data[18],Data[17],Data[16]} <= 64'd78704998779)
      begin
        if({Data[23],Data[22],Data[21],Data[20],Data[19],Data[18],Data[17],Data[16]} <= 64'd21252600097)
        begin
          y[8] <= 64'd1750128758235;
          Solved[8] <= 1;
        end
        else  // if {Data[23],Data[22],Data[21],Data[20],Data[19],Data[18],Data[17],Data[16]} > 21252600097
        begin
          y[8] <= 64'd19388848177343;
          Solved[8] <= 1;
        end
      end
      else  // if {Data[23],Data[22],Data[21],Data[20],Data[19],Data[18],Data[17],Data[16]} > 78704998779
      begin
        if({Data[23],Data[22],Data[21],Data[20],Data[19],Data[18],Data[17],Data[16]} <= 64'd140000000000)
        begin
          y[8] <= 64'd40314241404210;
          Solved[8] <= 1;
        end
        else  // if {Data[23],Data[22],Data[21],Data[20],Data[19],Data[18],Data[17],Data[16]} > 140000000000
        begin
          y[8] <= 64'd75384385964736;
          Solved[8] <= 1;
        end
      end
    end
    else  // if {Data[7],Data[6],Data[5],Data[4],Data[3],Data[2],Data[1],Data[0]} > 350000
    begin
      if({Data[7],Data[6],Data[5],Data[4],Data[3],Data[2],Data[1],Data[0]} <= 64'd5550000)
      begin
        if({Data[23],Data[22],Data[21],Data[20],Data[19],Data[18],Data[17],Data[16]} <= 64'd1527450000000)
        begin
          y[8] <= 64'd1588115297703;
          Solved[8] <= 1;
        end
        else  // if {Data[23],Data[22],Data[21],Data[20],Data[19],Data[18],Data[17],Data[16]} > 1527450000000
        begin
          y[8] <= 64'd77176437912000;
          Solved[8] <= 1;
        end
      end
      else  // if {Data[7],Data[6],Data[5],Data[4],Data[3],Data[2],Data[1],Data[0]} > 5550000
      begin
        if({Data[31],Data[30],Data[29],Data[28],Data[27],Data[26],Data[25],Data[24]} <= 64'd2219250000000)
        begin
          y[8] <= 64'd2907203700;
          Solved[8] <= 1;
        end
        else  // if {Data[31],Data[30],Data[29],Data[28],Data[27],Data[26],Data[25],Data[24]} > 2219250000000
        begin
          y[8] <= 64'd232993341488;
          Solved[8] <= 1;
        end
      end
    end
  end
end

if(start == 1 && Solved != 10'b1111111111 && !rst)
begin
  if({Data[7],Data[6],Data[5],Data[4],Data[3],Data[2],Data[1],Data[0]} <= 64'd150000)
  begin
    if({Data[23],Data[22],Data[21],Data[20],Data[19],Data[18],Data[17],Data[16]} <= 64'd3408850000000)
    begin
      if({Data[23],Data[22],Data[21],Data[20],Data[19],Data[18],Data[17],Data[16]} <= 64'd612510009765)
      begin
        if({Data[23],Data[22],Data[21],Data[20],Data[19],Data[18],Data[17],Data[16]} <= 64'd157594995117)
        begin
          y[9] <= 64'd39740479952830;
          Solved[9] <= 1;
        end
        else  // if {Data[23],Data[22],Data[21],Data[20],Data[19],Data[18],Data[17],Data[16]} > 157594995117
        begin
          y[9] <= 64'd275638876595744;
          Solved[9] <= 1;
        end
      end
      else  // if {Data[23],Data[22],Data[21],Data[20],Data[19],Data[18],Data[17],Data[16]} > 612510009765
      begin
        if({Data[23],Data[22],Data[21],Data[20],Data[19],Data[18],Data[17],Data[16]} <= 64'd1280700000000)
        begin
          y[9] <= 64'd903098325757575;
          Solved[9] <= 1;
        end
        else  // if {Data[23],Data[22],Data[21],Data[20],Data[19],Data[18],Data[17],Data[16]} > 1280700000000
        begin
          y[9] <= 64'd1630921875000000;
          Solved[9] <= 1;
        end
      end
    end
    else  // if {Data[23],Data[22],Data[21],Data[20],Data[19],Data[18],Data[17],Data[16]} > 3408850000000
    begin
      if({Data[23],Data[22],Data[21],Data[20],Data[19],Data[18],Data[17],Data[16]} <= 64'd5886750000000)
      begin
        if({Data[23],Data[22],Data[21],Data[20],Data[19],Data[18],Data[17],Data[16]} <= 64'd4788550000000)
        begin
          y[9] <= 64'd4366371428571428;
          Solved[9] <= 1;
        end
        else  // if {Data[23],Data[22],Data[21],Data[20],Data[19],Data[18],Data[17],Data[16]} > 4788550000000
        begin
          y[9] <= 64'd5284885714285714;
          Solved[9] <= 1;
        end
      end
      else  // if {Data[23],Data[22],Data[21],Data[20],Data[19],Data[18],Data[17],Data[16]} > 5886750000000
      begin
        if({Data[23],Data[22],Data[21],Data[20],Data[19],Data[18],Data[17],Data[16]} <= 64'd7635650000000)
        begin
          y[9] <= 64'd6790783333333333;
          Solved[9] <= 1;
        end
        else  // if {Data[23],Data[22],Data[21],Data[20],Data[19],Data[18],Data[17],Data[16]} > 7635650000000
        begin
          y[9] <= 64'd8528800000000000;
          Solved[9] <= 1;
        end
      end
    end
  end
  else  // if {Data[7],Data[6],Data[5],Data[4],Data[3],Data[2],Data[1],Data[0]} > 150000
  begin
    if({Data[7],Data[6],Data[5],Data[4],Data[3],Data[2],Data[1],Data[0]} <= 64'd350000)
    begin
      if({Data[23],Data[22],Data[21],Data[20],Data[19],Data[18],Data[17],Data[16]} <= 64'd80054998779)
      begin
        if({Data[23],Data[22],Data[21],Data[20],Data[19],Data[18],Data[17],Data[16]} <= 64'd25010250854)
        begin
          y[9] <= 64'd2029774298368;
          Solved[9] <= 1;
        end
        else  // if {Data[23],Data[22],Data[21],Data[20],Data[19],Data[18],Data[17],Data[16]} > 25010250854
        begin
          y[9] <= 64'd19243503818958;
          Solved[9] <= 1;
        end
      end
      else  // if {Data[23],Data[22],Data[21],Data[20],Data[19],Data[18],Data[17],Data[16]} > 80054998779
      begin
        if({Data[23],Data[22],Data[21],Data[20],Data[19],Data[18],Data[17],Data[16]} <= 64'd200969995117)
        begin
          y[9] <= 64'd49144540808484;
          Solved[9] <= 1;
        end
        else  // if {Data[23],Data[22],Data[21],Data[20],Data[19],Data[18],Data[17],Data[16]} > 200969995117
        begin
          y[9] <= 64'd87136666665833;
          Solved[9] <= 1;
        end
      end
    end
    else  // if {Data[7],Data[6],Data[5],Data[4],Data[3],Data[2],Data[1],Data[0]} > 350000
    begin
      if({Data[7],Data[6],Data[5],Data[4],Data[3],Data[2],Data[1],Data[0]} <= 64'd5550000)
      begin
        if({Data[39],Data[38],Data[37],Data[36],Data[35],Data[34],Data[33],Data[32]} <= 64'd172644750976)
        begin
          y[9] <= 64'd1715993375415;
          Solved[9] <= 1;
        end
        else  // if {Data[39],Data[38],Data[37],Data[36],Data[35],Data[34],Data[33],Data[32]} > 172644750976
        begin
          y[9] <= 64'd73448235296000;
          Solved[9] <= 1;
        end
      end
      else  // if {Data[7],Data[6],Data[5],Data[4],Data[3],Data[2],Data[1],Data[0]} > 5550000
      begin
        if({Data[7],Data[6],Data[5],Data[4],Data[3],Data[2],Data[1],Data[0]} <= 64'd10850000)
        begin
          y[9] <= 64'd221232943128;
          Solved[9] <= 1;
        end
        else  // if {Data[7],Data[6],Data[5],Data[4],Data[3],Data[2],Data[1],Data[0]} > 10850000
        begin
          y[9] <= 64'd2948117850;
          Solved[9] <= 1;
        end
      end
    end
  end
end

if(Solved == 10'b1111111111)
	 begin 
 Solution_buffer = (y[0] + y[1] + y[2] + y[3] + y[4] + y[5] + y[6] + y[7] + y[8] + y[9])/10;
result = Solution_buffer; 
 finished <= ~finished; 
 Solved <= 0;
end 
 end 
 
 endmodule